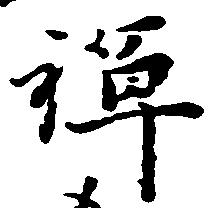
禅